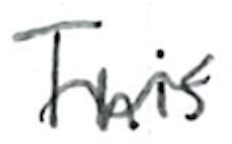
Text: This
Cross-out: wave
Writing tool: ballpoint